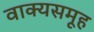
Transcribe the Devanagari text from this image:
वाक्यसमूह